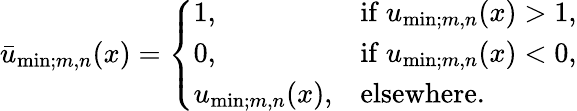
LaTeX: \begin{array}{r}{\bar{u}_{\mathrm{min};m,n}(x)=\left\{ \begin{array}{ll}{1,\quad}&{\mathrm{if~}u_{\mathrm{min};m,n}(x)>1,}\\ {0,}&{\mathrm{if~}u_{\mathrm{min};m,n}(x)<0,}\\ {u_{\mathrm{min};m,n}(x),}&{\mathrm{elsewhere.}}\end{array}\right.}\end{array}